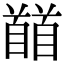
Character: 𩠬